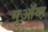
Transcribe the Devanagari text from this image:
मुऑव्ह